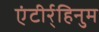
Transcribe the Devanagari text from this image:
एंटीर्र्हिनुम